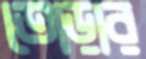
তোড়ার